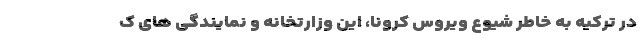
در ترکیه به خاطر شیوع ویروس کرونا، این وزارتخانه و نمایندگی های ک